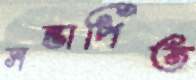
সন্তাপিত